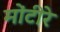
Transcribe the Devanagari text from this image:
मोंटीरे